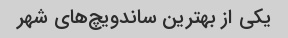
یکی از بهترین ساندویچ‌های شهر